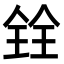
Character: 𫤪